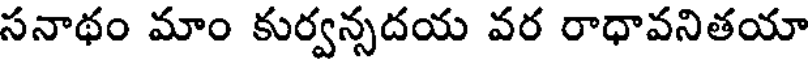
సనాథం మాం కుర్వన్సదయ వర రాధావనితయా